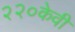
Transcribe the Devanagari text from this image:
२२०केवी